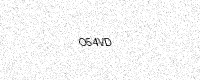
Text: O54VD